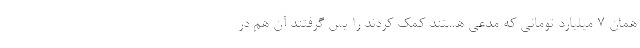
همان 7 میلیارد تومانی که مدعی هستند کمک کردند را پس گرفتند آن هم در